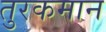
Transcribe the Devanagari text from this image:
तुरकमान